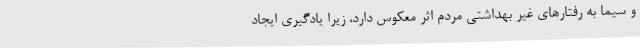
و سیما به رفتارهای غیر بهداشتی مردم اثر معکوس دارد، زیرا یادگیری ایجاد